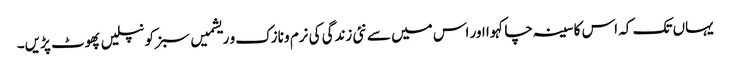
یہاں تک کہ اس کا سینہ چاکہوا اور اس میں سے نئی زندگی کی نرم و نازک و ریشمیں سبز کونپلیں پھوٹ پڑیں۔